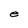
Character: e